Report on the working of the Ranchi Indian Mental Hospital, Kanke, in Bihar and Orissa - 1930-1940
Year: 1930
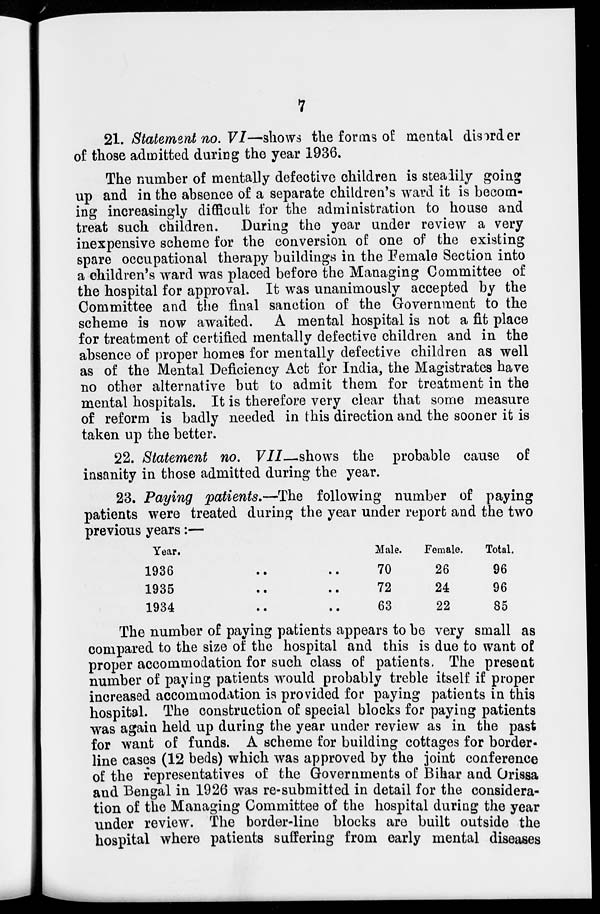
7
21. Statement no. VI—shows the forms of mental disorder
of those admitted during the year 1936.
The number of mentally defective children is steadily going
up and in the absence of a separate children's ward it is becom-
ing increasingly difficult for the administration to house and
treat such children. During the year under review a very
inexpensive scheme for the conversion of one of the existing
spare occupational therapy buildings in the Female Section into
a children's ward was placed before the Managing Committee of
the hospital for approval. It was unanimously accepted by the
Committee and the final sanction of the Government to the
scheme is now awaited. A mental hospital is not a fit place
for treatment of certified mentally defective children and in the
absence of proper homes for mentally defective children as well
as of the Mental Deficiency Act for India, the Magistrates have
no other alternative but to admit them for treatment in the
mental hospitals. It is therefore very clear that some measure
of reform is badly needed in this direction and the sooner it is
taken up the better.
22. Statement no. VII—shows the probable cause of
insanity in those admitted during the year.
23. Paying patients.—The following number of paying
patients were treated during the year under report and the two
previous years:—
Year.
1936 .. ..
1935 .. ..
1934 .. ..
Male.
70
72
63
Female.
26
24
22
Total.
96
96
85
The number of paying patients appears to be very small as
compared to the size of the hospital and this is due to want of
proper accommodation for such class of patients, The present
number of paying patients would probably treble itself if proper
increased accommodation is provided for paying patients in this
hospital. The construction of special blocks for paying patients
was again held up during the year under review as in the past
for want of funds. A scheme for building cottages for border-
line cases (12 beds) which was approved by the joint conference
of the representatives of the Governments of Bihar and Orissa
and Bengal in 1926 was re-submitted in detail for the considera-
tion of the Managing Committee of the hospital during the year
under review. The border-line blocks are built outside the
hospital where patients suffering from early mental diseases